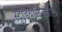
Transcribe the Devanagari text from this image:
स्टुडियोजवळील